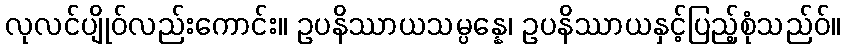
လုလင်ပျိုဝ်လည်းကောင်း။ ဥပနိဿာယသမ္ပန္နေ၊ ဥပနိဿာယနှင့်ပြည့်စုံသည်ဝ်။